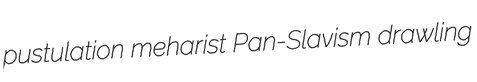
pustulation meharist Pan-Slavism drawling